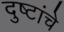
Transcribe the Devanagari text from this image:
दुष्टांचे